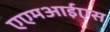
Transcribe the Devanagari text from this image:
एएमआईएस